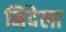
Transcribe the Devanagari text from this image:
निंदेला